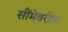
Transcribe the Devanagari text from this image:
सींमेवरील